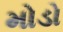
મોડો